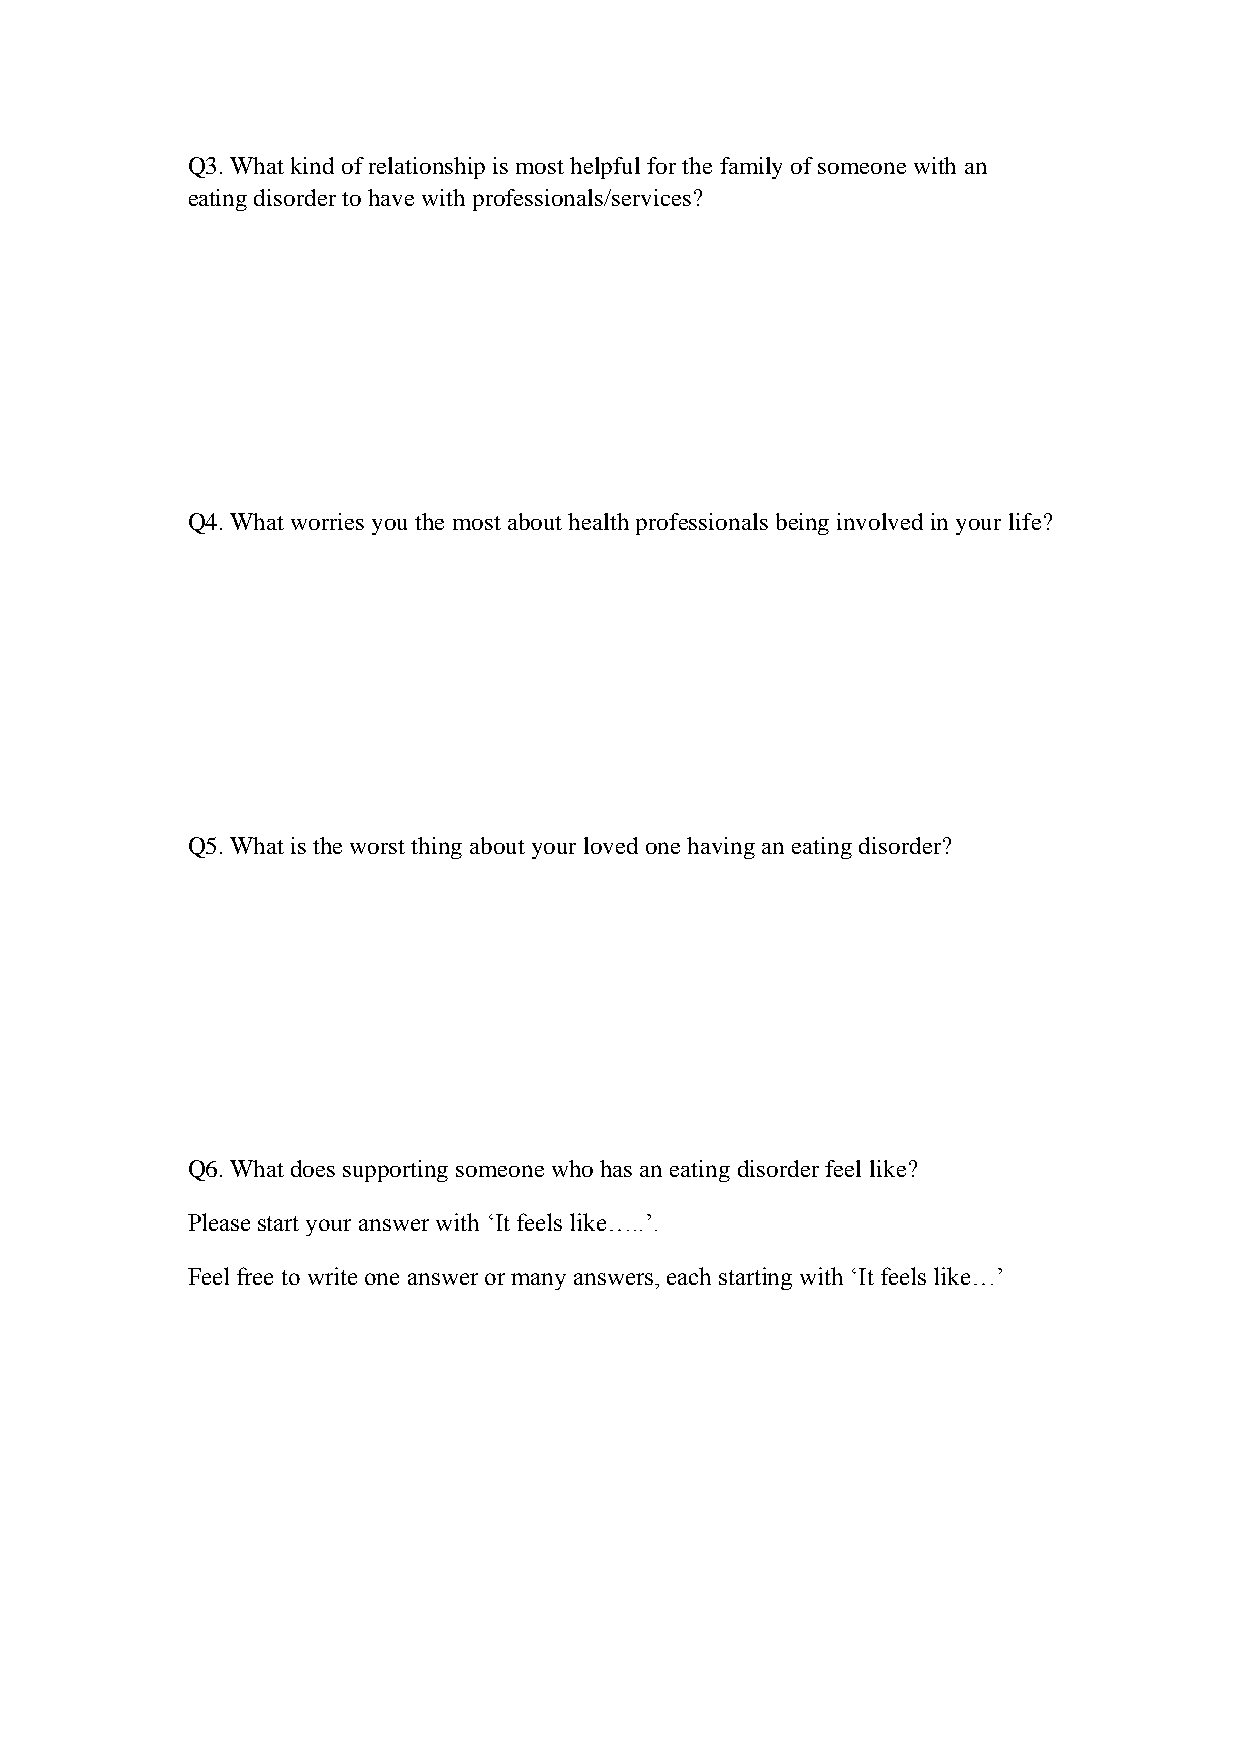
Q3. What kind of relationship is most helpful for the family of someone with an
 eating disorder to have with professionals/services?
 Q4. What worries you the most about health professionals being involved in your life?
 Q5. What is the worst thing about your loved one having an eating disorder?
 Q6. What does supporting someone who has an eating disorder feel like?
 Please start your answer with ‘It feels like…..’.
 Feel free to write one answer or many answers, each starting with ‘It feels like…’